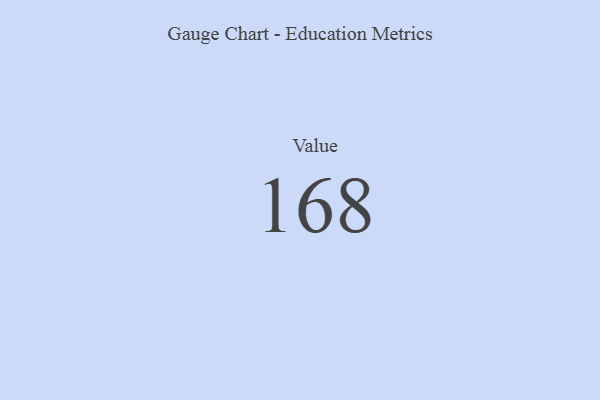
{"axis": {"x": "Metric", "y": "Value"}, "legend": [""], "data": [{"x": "Value", "y": 168, "type": ""}]}